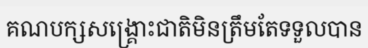
គណបក្សសង្គ្រោះជាតិមិនត្រឹមតែទទួលបាន